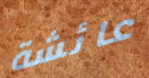
عائشة